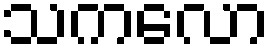
သကလော